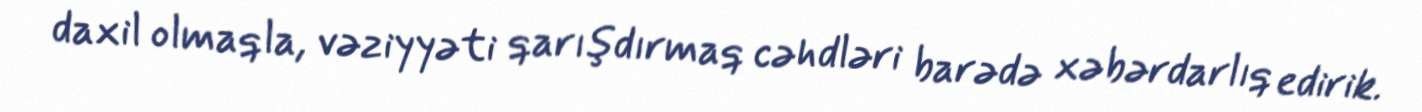
daxil olmaqla, vəziyyəti qarışdırmaq cəhdləri barədə xəbərdarlıq edirik.